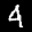
Label: 4